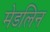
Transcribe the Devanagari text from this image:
मेडलिन